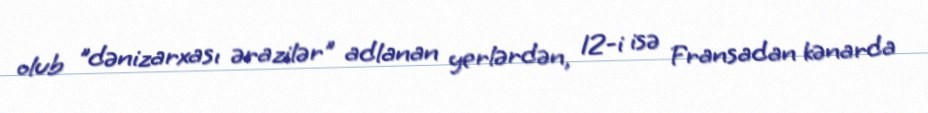
olub "dənizarxası ərazilər" adlanan yerlərdən, 12-i isə Fransadan kənarda